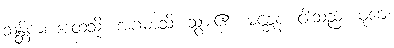
သန္တိကံ၊ အထံသို့။ အဂမာသိ၊ သွား၏။ မစ္ဆေန၊ ငါးသည်။ မုခေ၊